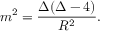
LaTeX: m ^ { 2 } = \frac { \Delta ( \Delta - 4 ) } { R ^ { 2 } } .